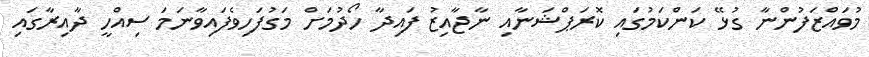
މުވައްޒަފުންނާ ގުޅޭ ކަންކަމުގައި ކޮރަޕްޝަނާއި ނާޖާއިޒު ފައިދާ ހޯދުމަށް މަގުފަހިވެފައިވާނަމަ ސިއްހީ ދާއިރާގައި